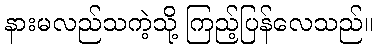
နားမလည်သကဲ့သို့ ကြည့်ပြန်လေသည်။